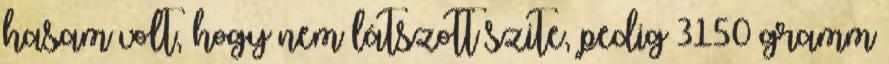
hasam volt, hogy nem látszott szite, pedig 3150 gramm